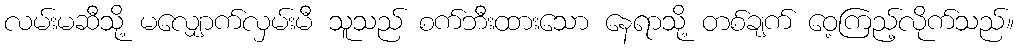
လမ်းမဆီသို့ မလျှောက်လှမ်းမီ သူသည် စက်ဘီးထားသော နေရာသို့ တစ်ချက် ဝေ့ကြည့်လိုက်သည်။